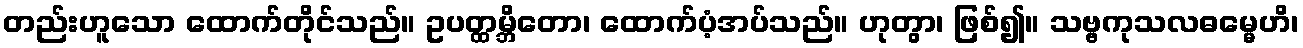
တည်းဟူသော ထောက်တိုင်သည်။ ဥပတ္ထမ္ဘိတော၊ ထောက်ပံ့အပ်သည်။ ဟုတွာ၊ ဖြစ်၍။ သဗ္ဗကုသလဓမ္မေဟိ၊